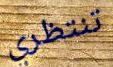
تنتظري